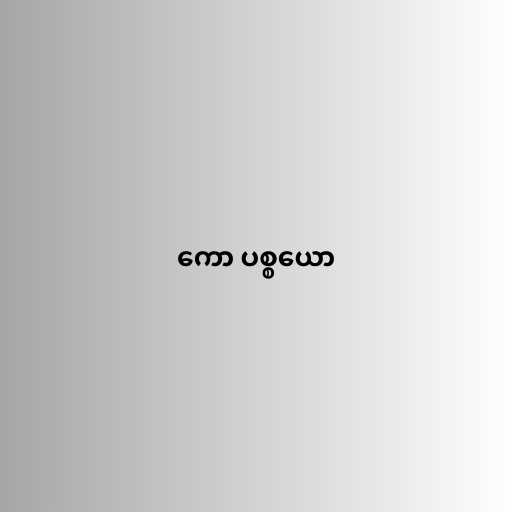
ကော ပစ္စယော